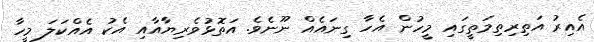
އެއިރު އަތިރިތިމަތީގައި މީހުން އެހާ ގިނައެއް ނޫނެވެ. އަތޮޅުވެރިޔާއާއި އެކު އެއްކަލަ މީހާ